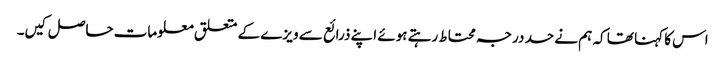
اس کا کہنا تھا کہ ہم نے حد درجہ محتاط رہتے ہوئے اپنے ذرائع سے ویزے کے متعلق معلومات حاصل کیں۔